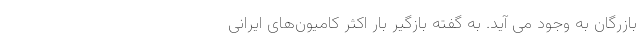
بازرگان به وجود می آید. به گفته بازگیر بار اکثر کامیون‌های ایرانی